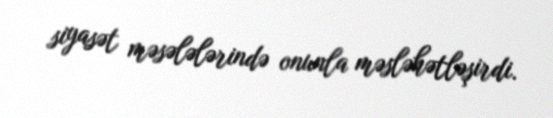
siyasət məsələlərində onunla məsləhətləşirdi.